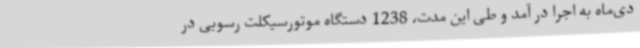
دی‌ماه به اجرا در آمد و طی این مدت، 1238 دستگاه موتورسیکلت رسوبی در